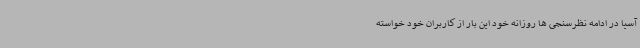
آسیا در ادامه نظرسنجی ها روزانه خود این بار از کاربران خود خواسته